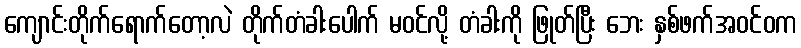
ကျောင်းတိုက်ရောက်တော့လဲ တိုက်တံခါးပေါက် မဝင်လို့ တံခါးကို ဖြုတ်ပြီး ဘေး နှစ်ဖက်အဝင်ဝက